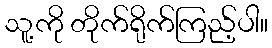
သူ့ကို တိုက်ရိုက်ကြည့်ပါ။